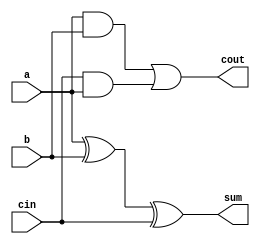
module full_adder4(a,b,cin,sum,cout);
input a,b,cin;
output sum,cout;
assign sum = a^b^cin;
assign cout = a&b|cin&(a|1'b0); 
// initial begin
//     $display("The incorrect adder with or0 having in2/0");
// end   
endmodule